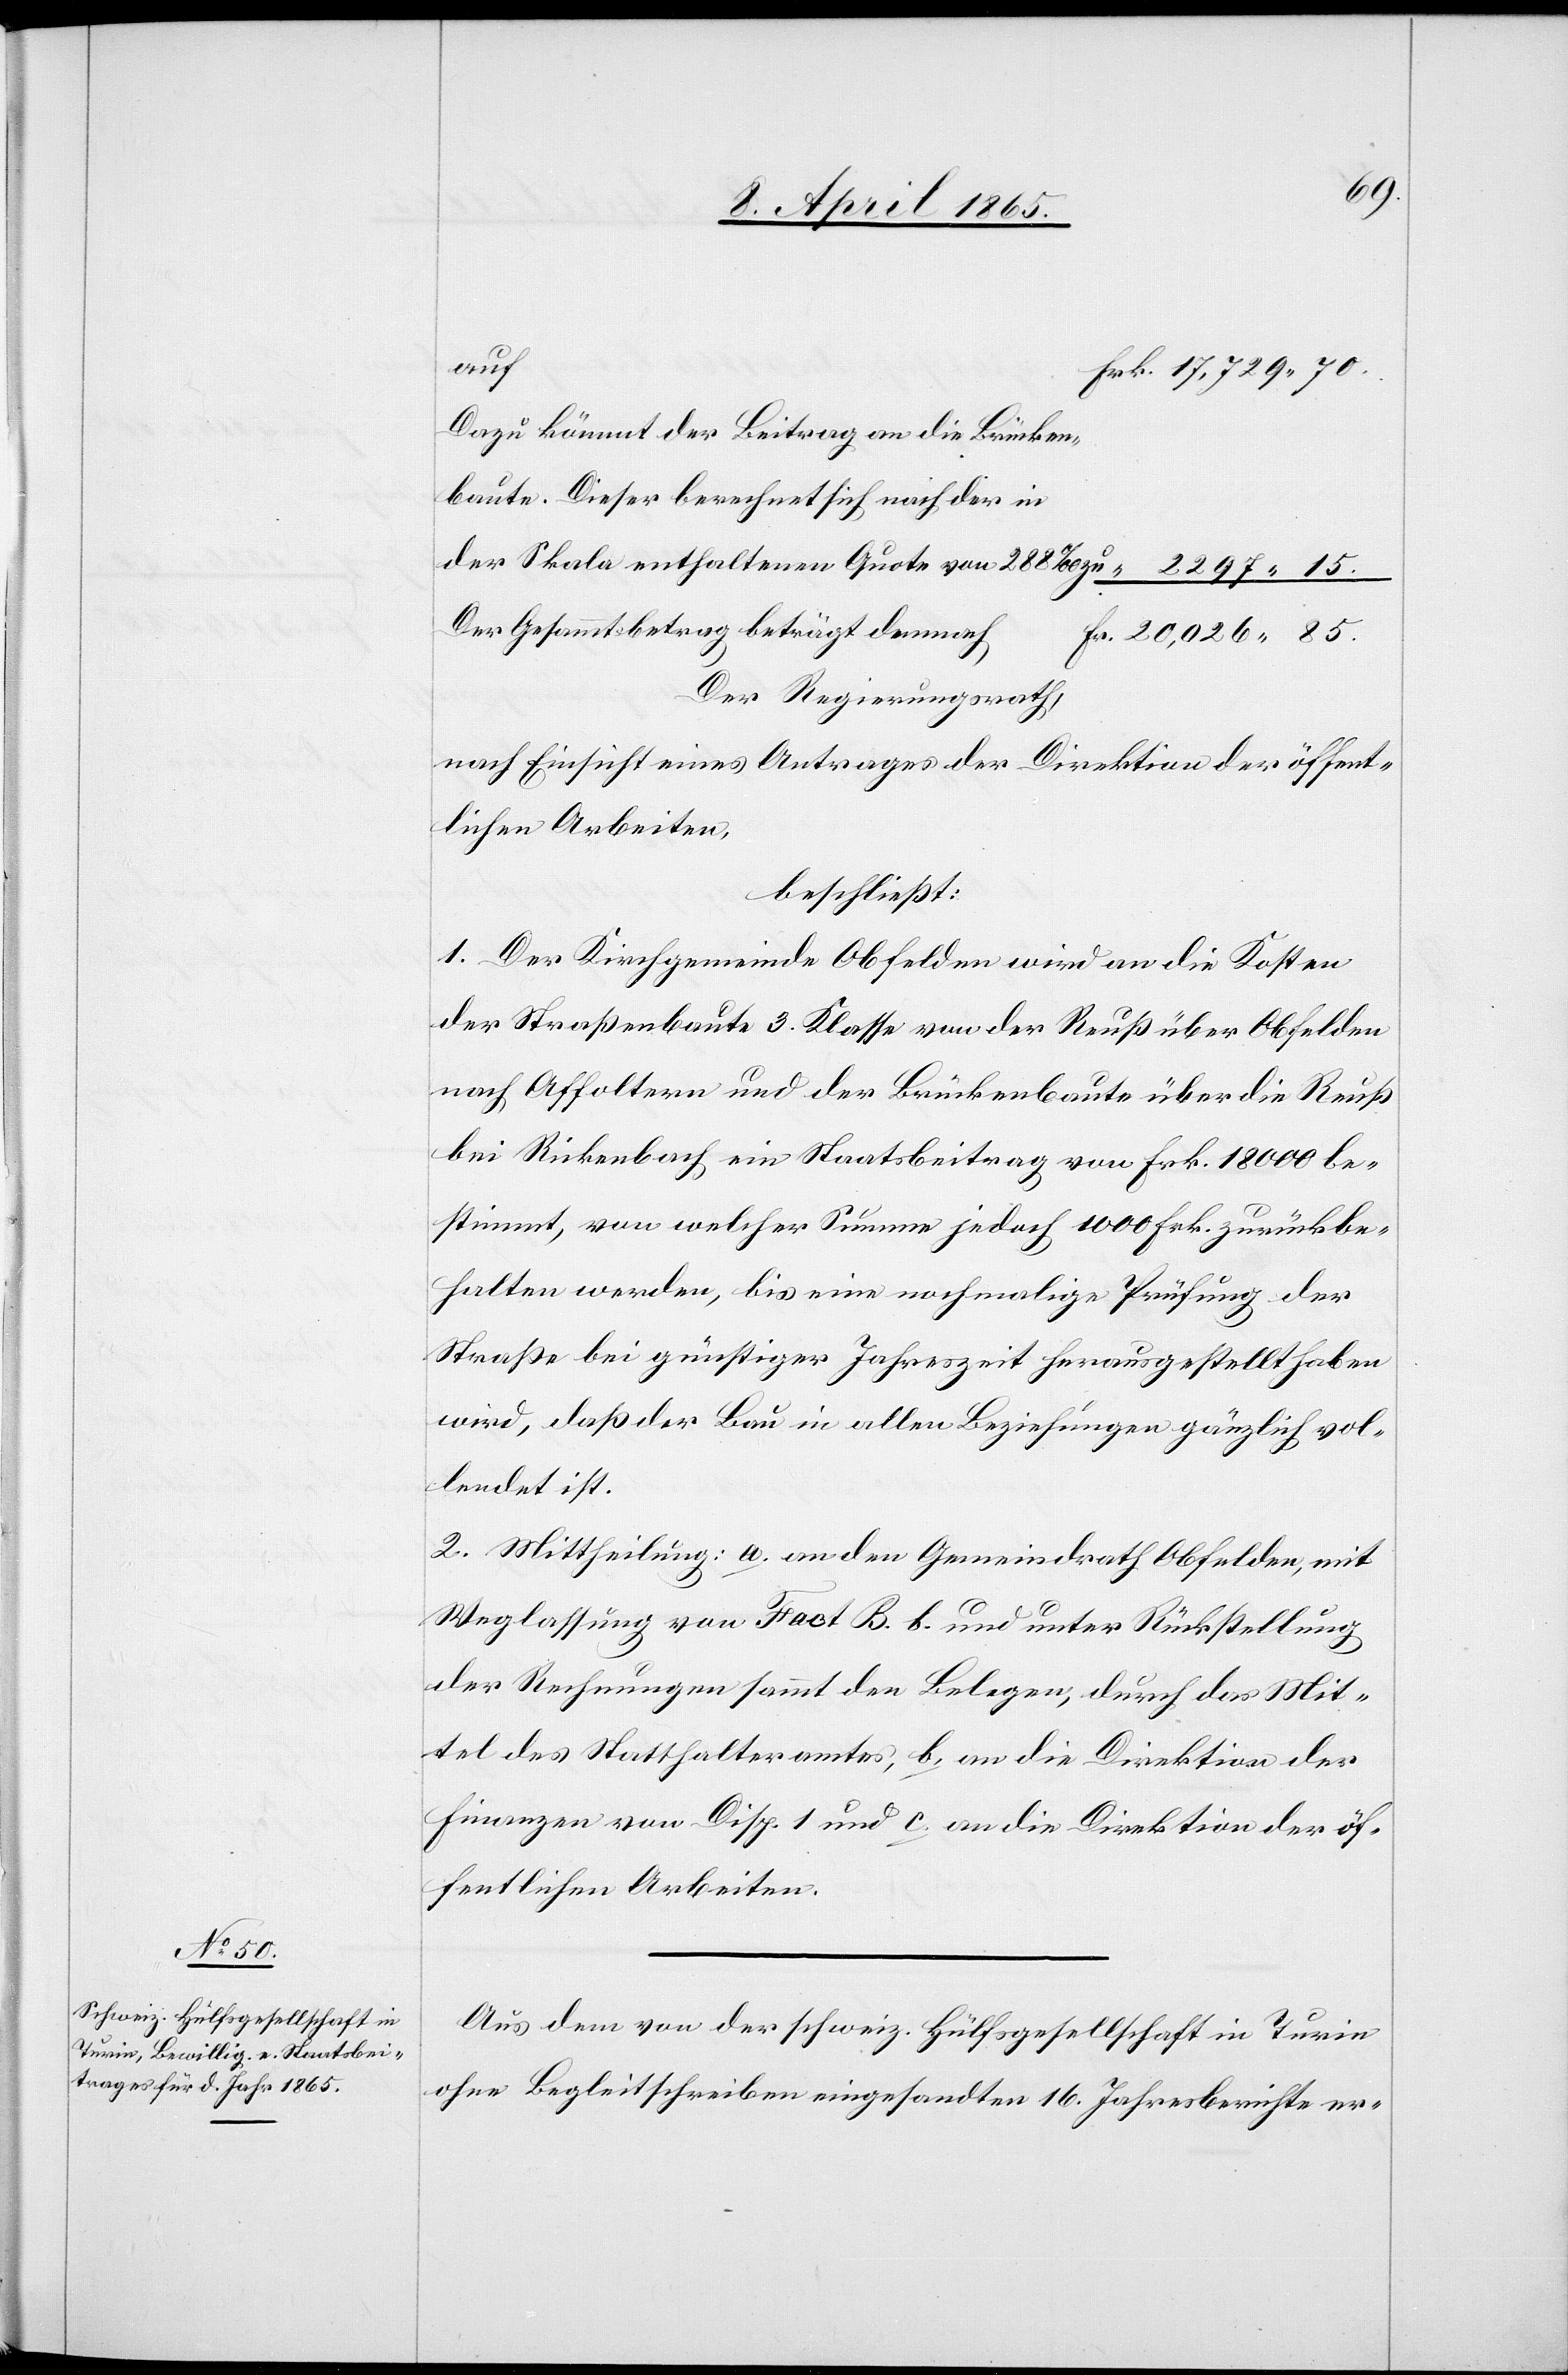
h					F¬

Dazu kömmt der Beitrag an die Brücken¬
baute. Dieser berechnet sich nach der in
der Skala enthaltenen Quote von 288 ‰ zu					 “	2297 15.
Der Gesammtbetrag beträgt demnac¬
r.	20,026 85.
Der Regierungsrath,
nach Einsicht eines Antrages der Direktion der öffent¬
lichen Arbeiten,
beschließt:
1. Der Kirchgemeinde Obfelden wird an die Kosten
der Straßenbaute 3. Klasse von der Reuß über Obfelden
nach Affoltern und der Brückenbaute über die Reuß
bei Rickenbach ein Staatsbeitrag von Frk. 18 000 be¬
stimmt, von welcher Summe jedoch 1000 Frk. zurückbe¬
halten werden, bis eine nochmalige Prüfung der
Straße bei günstiger Jahreszeit herausgestellt haben
wird, daß der Bau in allen Beziehungen gänzlich vol¬
lendet ist.
2. Mittheilung: a. an den Gemeindrath Obfelden, mit
Weglassung von Fact B. b. und unter Rückstellung
der Rechnungen sammt den Belegen, durch das Mit¬
tel des Statthalteramtes, b. an die Direktion der
Finanzen von Disp. 1 und c. an die Direktion der öf¬
fentlichen Arbeiten.
Aus dem von der schweiz. Hülfsgesellschaft in Turin
ohne Begleitschreiben eingesandten 16. Jahresberichte er-